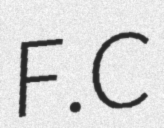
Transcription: F.C